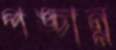
পঙ্চান্ন